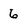
Character: 6